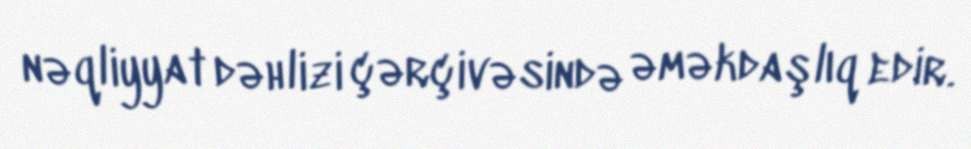
nəqliyyat dəhlizi çərçivəsində əməkdaşlıq edir.